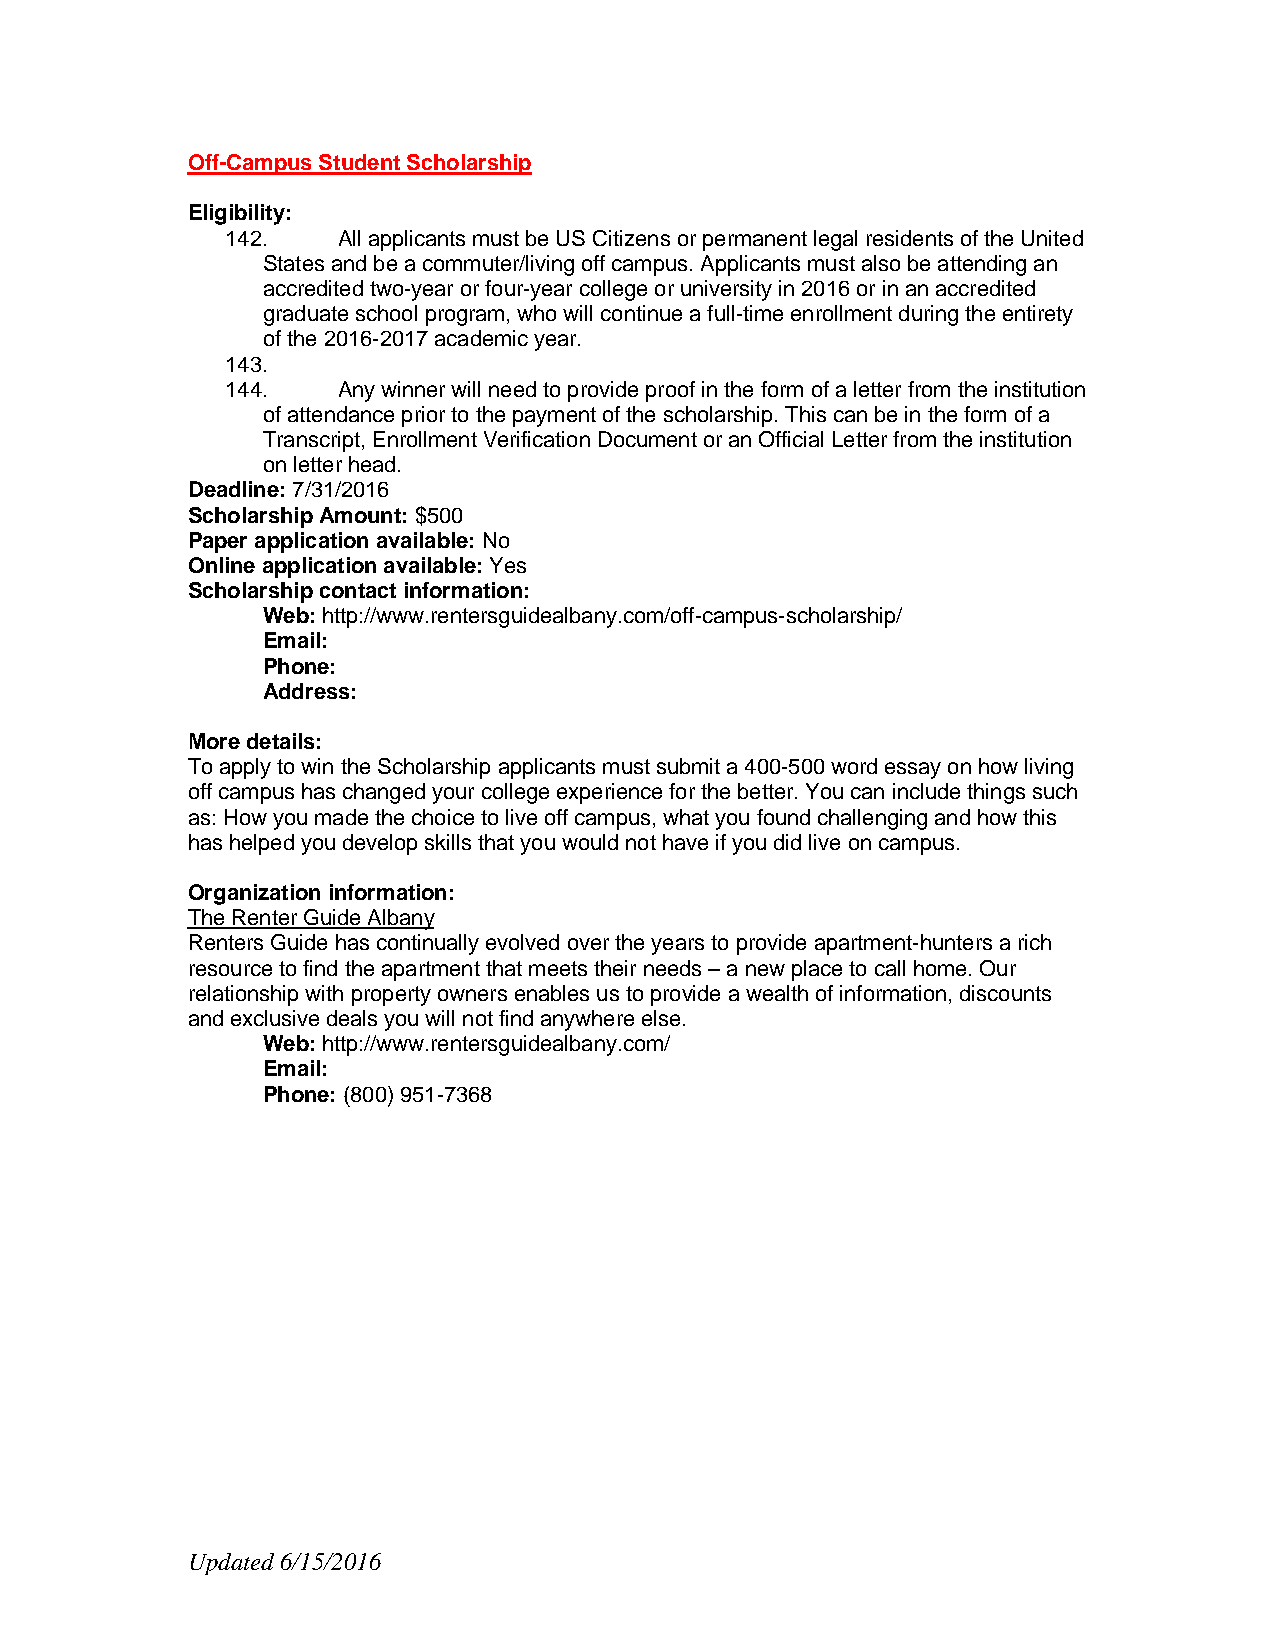
Off-Campus Student Scholarship
 Eligibility:
 142.   All applicants must be US Citizens or permanent legal residents of the United
 States and be a commuter/living off campus. Applicants must also be attending an
 accredited two-year or four-year college or university in 2016 or in an accredited
 graduate school program, who will continue a full-time enrollment during the entirety
 of the 2016-2017 academic year.
 143.
 144.   Any winner will need to provide proof in the form of a letter from the institution
 of attendance prior to the payment of the scholarship. This can be in the form of a
 Transcript, Enrollment Verification Document or an Official Letter from the institution
 on letter head.
 Deadline: 7/31/2016
 Scholarship Amount: $500
 Paper application available: No
 Online application available: Yes
 Scholarship contact information:
 Web: http://www.rentersguidealbany.com/off-campus-scholarship/
 Email:
 Phone:
 Address:
 More details:
 To apply to win the Scholarship applicants must submit a 400-500 word essay on how living
 off campus has changed your college experience for the better. You can include things such
 as: How you made the choice to live off campus, what you found challenging and how this
 has helped you develop skills that you would not have if you did live on campus.
 Organization information:
 The Renter Guide Albany
 Renters Guide has continually evolved over the years to provide apartment-hunters a rich
 resource to find the apartment that meets their needs – a new place to call home. Our
 relationship with property owners enables us to provide a wealth of information, discounts
 and exclusive deals you will not find anywhere else.
 Web: http://www.rentersguidealbany.com/
 Email:
 Phone: (800) 951-7368
 Updated 6/15/2016